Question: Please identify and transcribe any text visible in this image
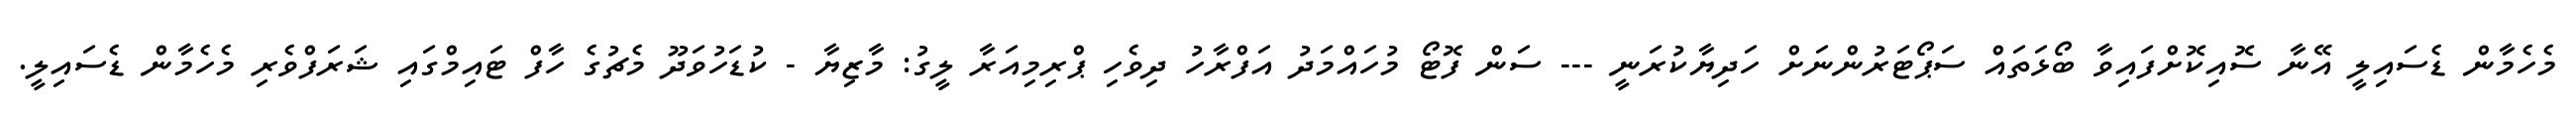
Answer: މެހެމާން ޑެސައިލީ އޭނާ ސޮއިކޮށްފައިވާ ބޯޅަތައް ސަޕޯޓަރުންނަށް ހަދިޔާކުރަނީ --- ސަން ފޮޓޯ މުހައްމަދު އަފްރާހު ދިވެހި ޕްރިމިއަރާ ލީގު: މާޒިޔާ - ކުޑަހުވަދޫ މެޗުގެ ހާފް ޓައިމްގައި ޝަރަފްވެރި މެހެމާން ޑެސައިލީ.